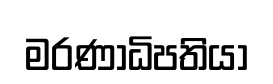
මරණාධිපතියා